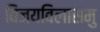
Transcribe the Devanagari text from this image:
विजयविलासमु